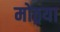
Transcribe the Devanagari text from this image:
मोठ्रया